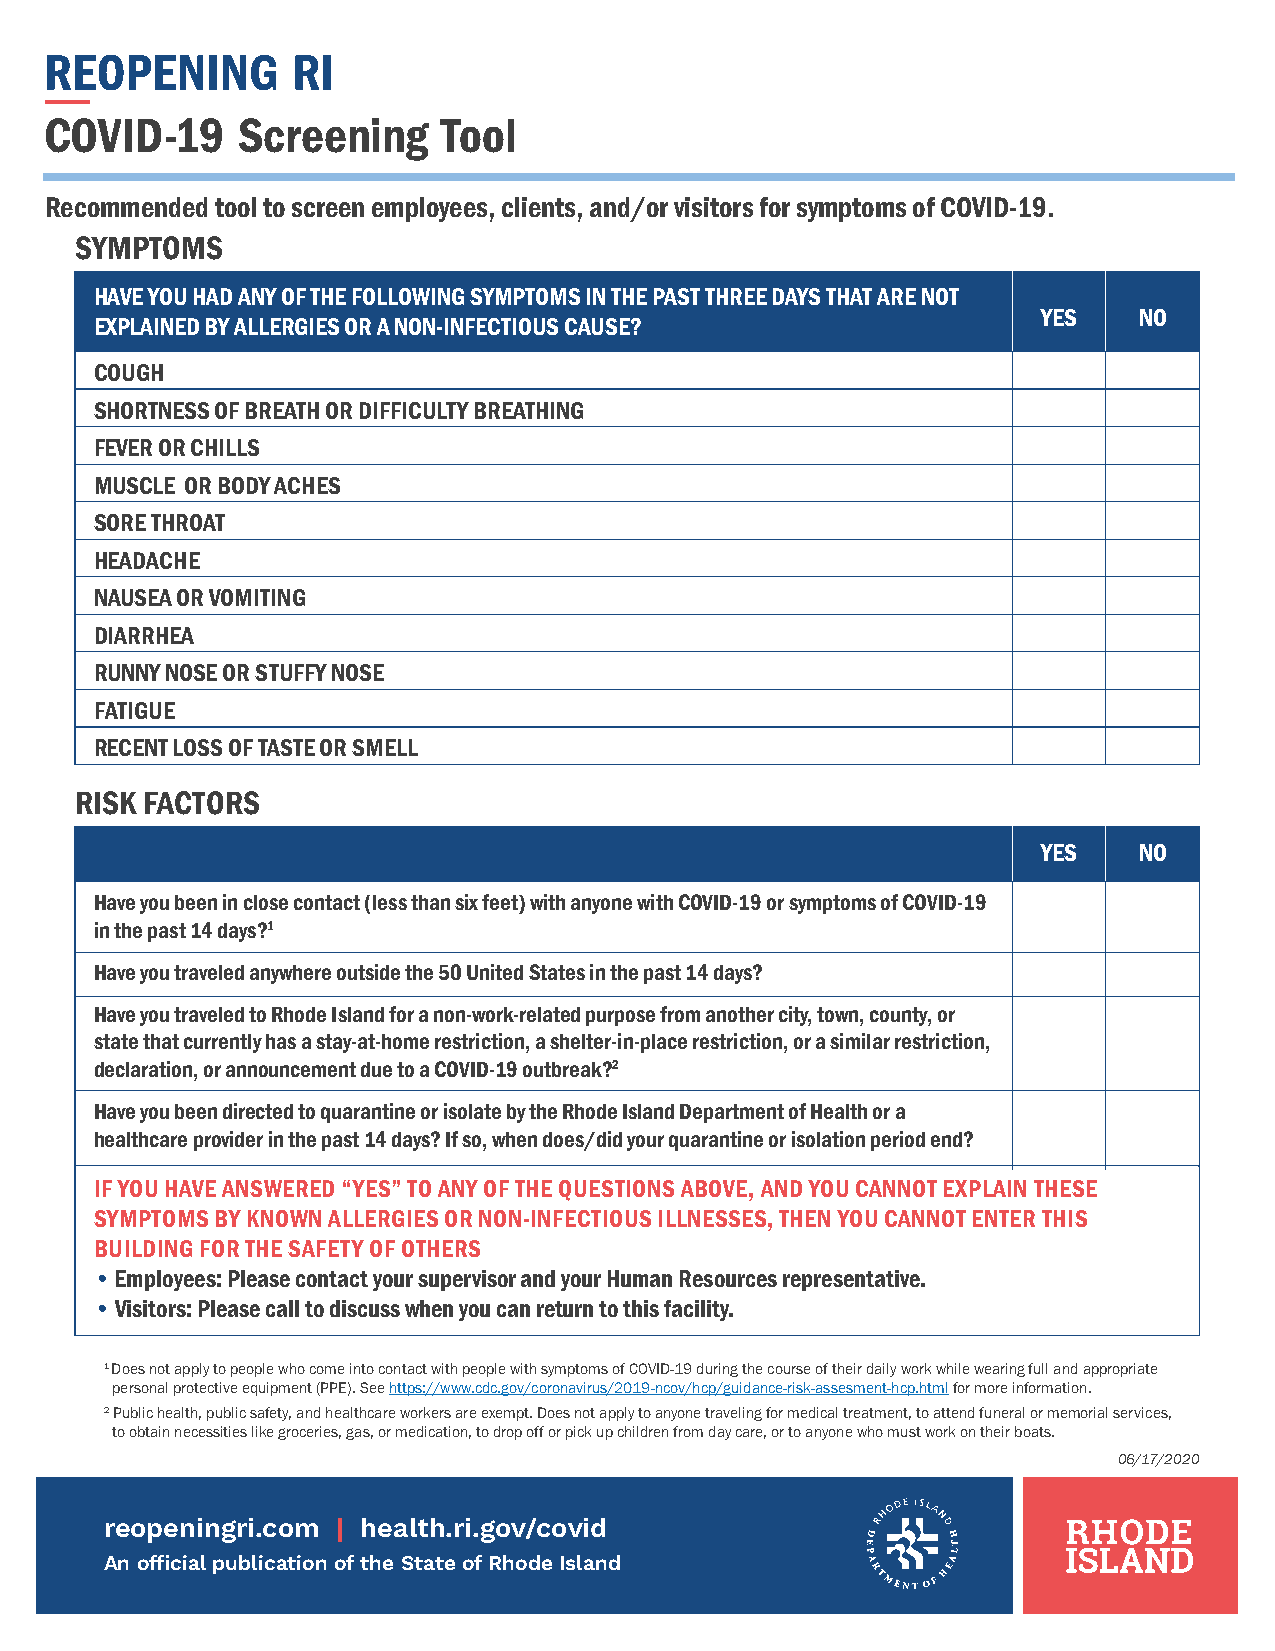
REOPENING       RI
 COVID-19     Screening    Tool
 Recommended tool to screen employees, clients, and/or visitors for symptoms of COVID-19.
 SYMPTOMS
 HAVE YOU HAD ANY OF THE FOLLOWING SYMPTOMS IN THE PAST THREE DAYS THAT ARE NOT
 YES   NO
 EXPLAINED BY ALLERGIES OR A NON-INFECTIOUS CAUSE?
 COUGH
 SHORTNESS OF BREATH OR DIFFICULTY BREATHING
 FEVER OR CHILLS
 MUSCLE OR BODY ACHES
 SORE THROAT
 HEADACHE
 NAUSEA OR VOMITING
 DIARRHEA
 RUNNY NOSE OR STUFFY NOSE
 FATIGUE
 RECENT LOSS OF TASTE OR SMELL
 RISK FACTORS
 YES   NO
 Have you been in close contact (less than six feet) with anyone with COVID-19 or symptoms of COVID-19
 in the past 14 days?1
 Have you traveled anywhere outside the 50 United States in the past 14 days?
 Have you traveled to Rhode Island for a non-work-related purpose from another city, town, county, or
 state that currently has a stay-at-home restriction, a shelter-in-place restriction, or a similar restriction,
 declaration, or announcement due to a COVID-19 outbreak?2
 Have you been directed to quarantine or isolate by the Rhode Island Department of Health or a
 healthcare provider in the past 14 days? If so, when does/did your quarantine or isolation period end?
 IF YOU HAVE ANSWERED “YES” TO ANY OF THE QUESTIONS ABOVE, AND YOU CANNOT EXPLAIN THESE
 SYMPTOMS BY KNOWN ALLERGIES OR NON-INFECTIOUS ILLNESSES, THEN YOU CANNOT ENTER THIS
 BUILDING FOR THE SAFETY OF OTHERS
 • Employees: Please contact your supervisor and your Human Resources representative.
 • Visitors: Please call to discuss when you can return to this facility.
 1 Does not apply to people who come into contact with people with symptoms of COVID-19 during the course of their daily work while wearing full and appropriate
 personal protective equipment (PPE). See https://www.cdc.gov/coronavirus/2019-ncov/hcp/guidance-risk-assesment-hcp.html for more information.
 2 Public health, public safety, and healthcare workers are exempt. Does not apply to anyone traveling for medical treatment, to attend funeral or memorial services,
 to obtain necessities like groceries, gas, or medication, to drop off or pick up children from day care, or to anyone who must work on their boats.
 06/17/2020
 reopeningri.com | health.ri.gov/covid
 An official publication of the State of Rhode Island